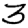
Digit: 3